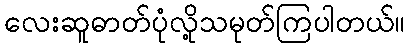
လေးဆူဓာတ်ပုံလို့သမုတ်ကြပါတယ်။